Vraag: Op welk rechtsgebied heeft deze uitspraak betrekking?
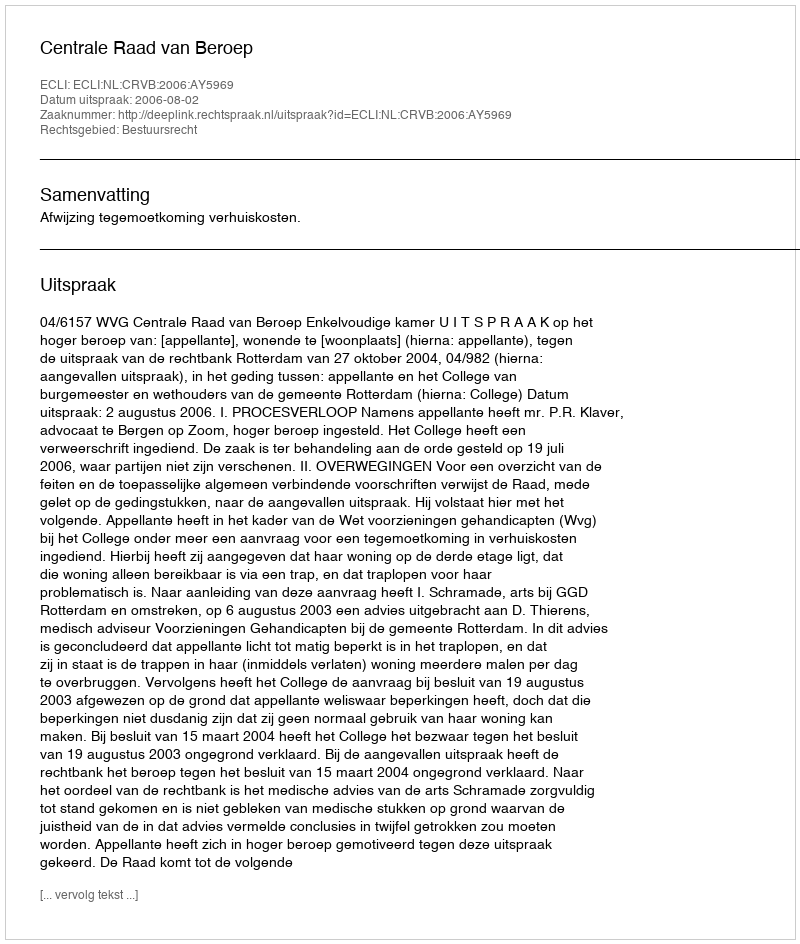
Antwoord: Bestuursrecht